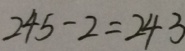
2 4 5 - 2 = 2 4 3